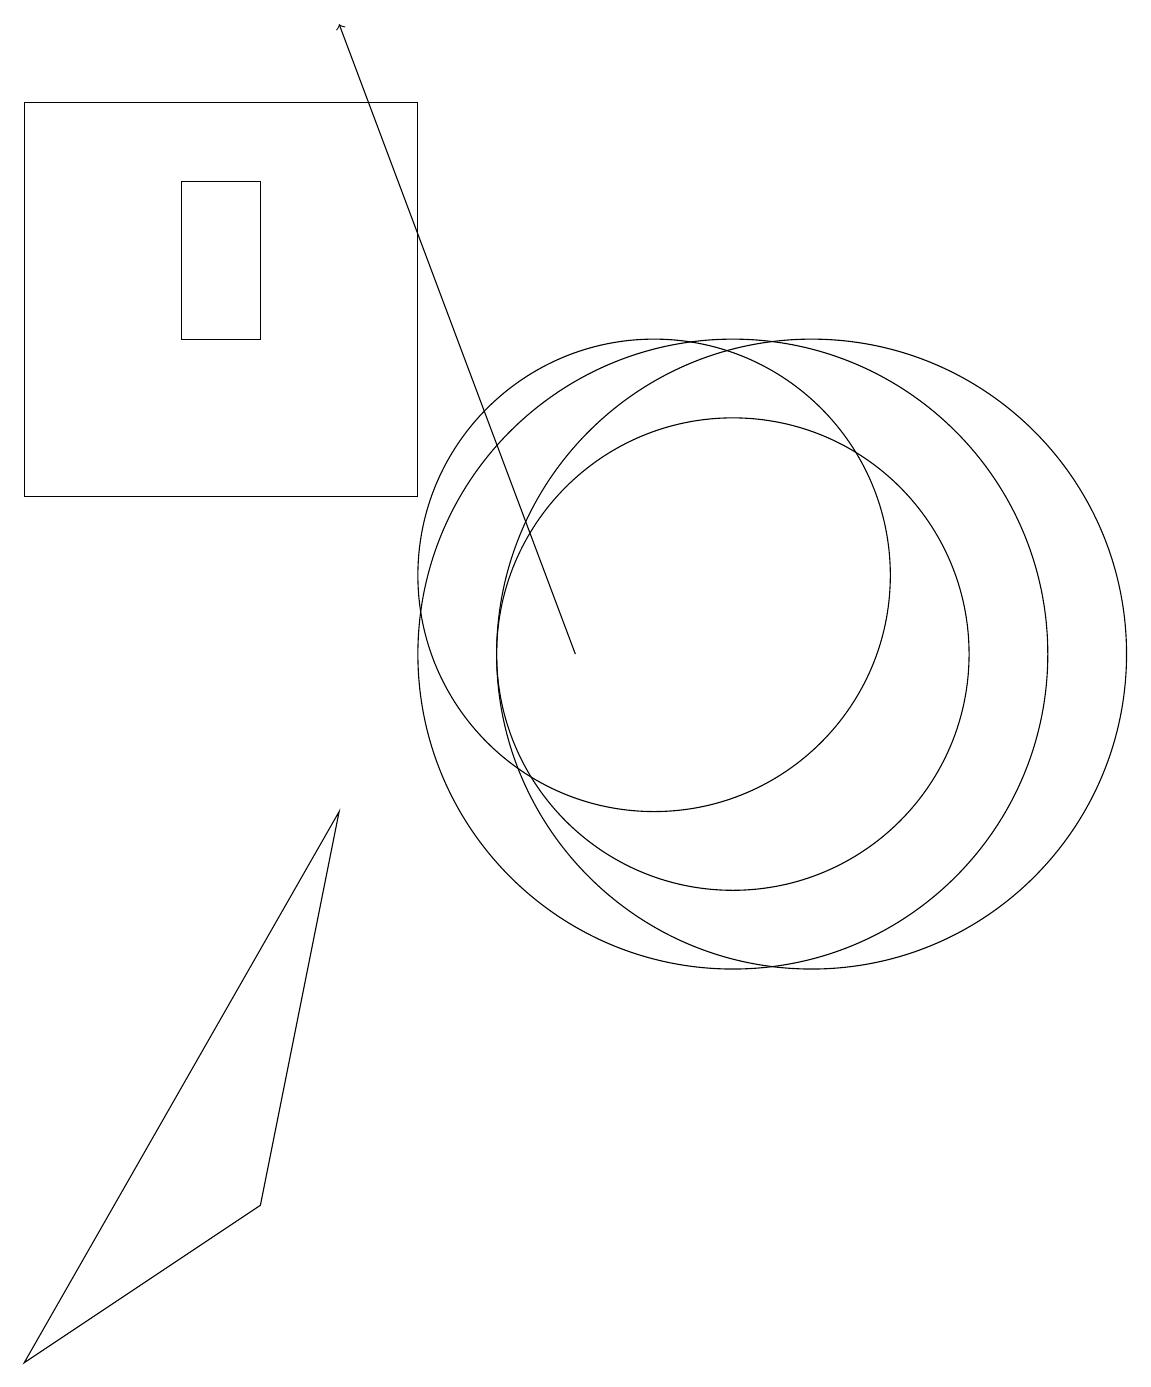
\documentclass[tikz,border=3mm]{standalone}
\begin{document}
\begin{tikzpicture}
\draw (12,10) circle (4);
\draw (10,11) circle (3);
\draw (5,14) rectangle (4,16);
\draw (2,17) rectangle (7,12);
\draw[->] (9,10) -- (6,18);
\draw (11,10) circle (3);
\draw (5,3) -- (2,1) -- (6,8) -- cycle;
\draw (11,10) circle (4);
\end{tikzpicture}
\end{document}